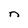
Character: n